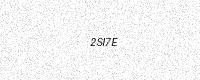
Text: 2SI7E